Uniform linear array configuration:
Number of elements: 24
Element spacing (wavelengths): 0.75
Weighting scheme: kaiser
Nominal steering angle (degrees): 60
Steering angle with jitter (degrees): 59.613
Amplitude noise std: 0.05
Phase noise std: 0.05

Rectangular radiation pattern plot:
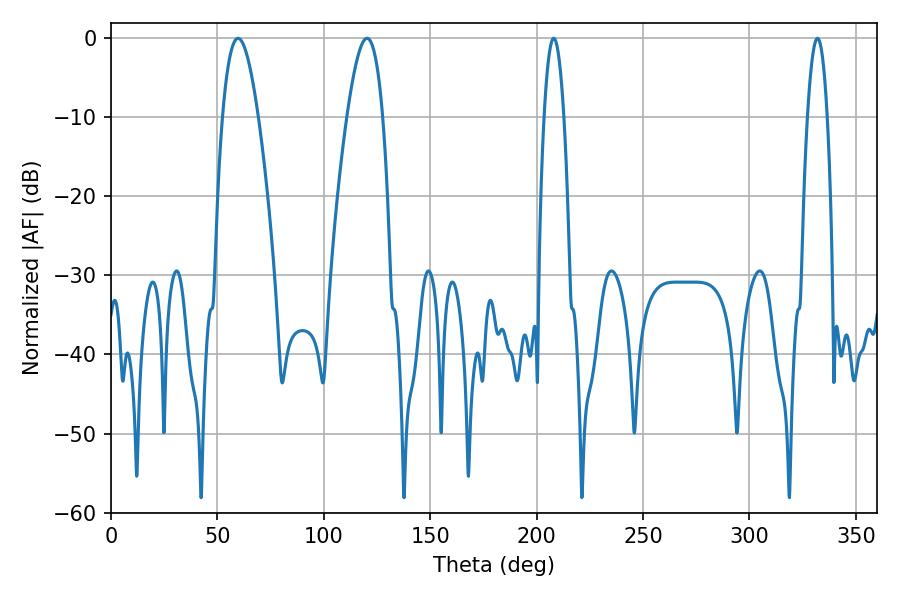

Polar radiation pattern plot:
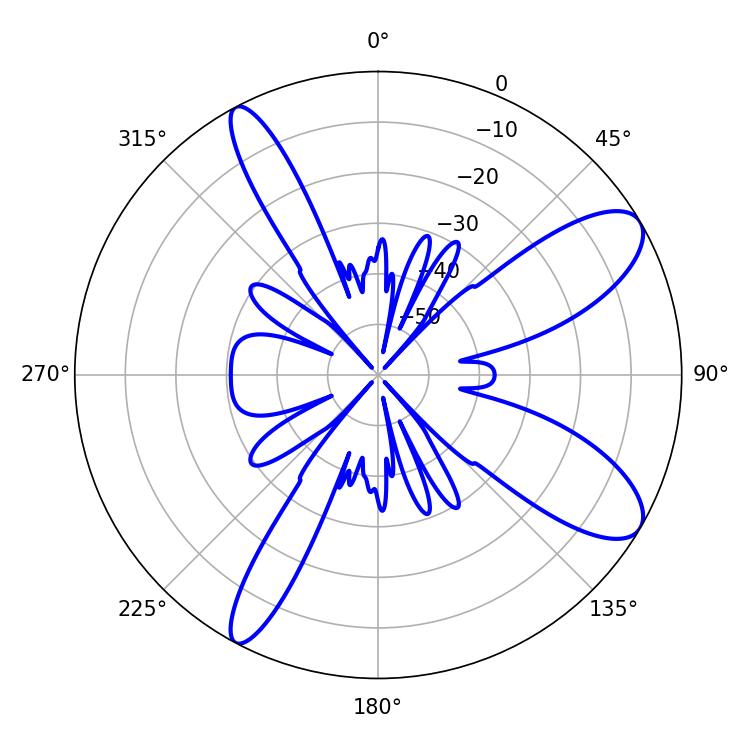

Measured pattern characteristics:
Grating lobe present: TRUE
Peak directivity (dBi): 9.823
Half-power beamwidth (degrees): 9.18
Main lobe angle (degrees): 120.24